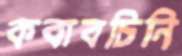
কবাবচিনি